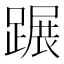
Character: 蹍